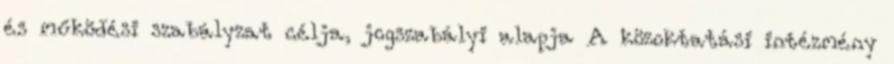
és működési szabályzat célja, jogszabályi alapja A közoktatási intézmény